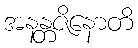
အနန္တဇိနောတိ